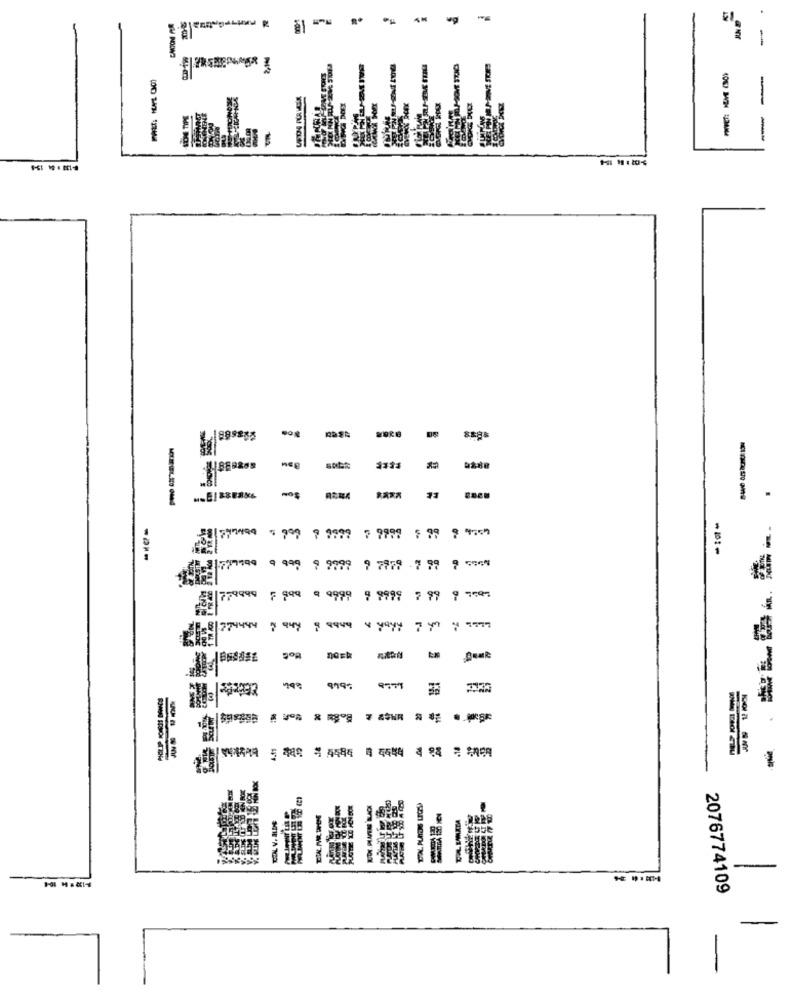
-
R
-
-
-
44 1 11 3 6681 1 6666 1 66
577499
18 ⑆ ⑆11 1111 6 6616
-O --
777799
779999
F 999 9 9999 9 9999 7 99 9 550%
274444
9777
5 448 4 4484
-
-
2076774109